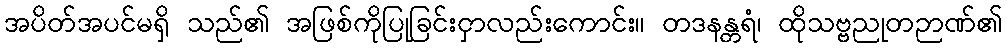
အပိတ်အပင်မရှိ သည်၏ အဖြစ်ကိုပြုခြင်းငှာလည်းကောင်း။ တဒနန္တရံ၊ ထိုသဗ္ဗညုတဉာဏ်၏